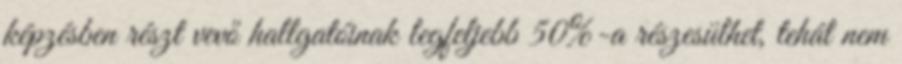
képzésben részt vevő hallgatóinak legfeljebb 50%-a részesülhet, tehát nem